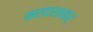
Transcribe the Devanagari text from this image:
सरदारशहर्